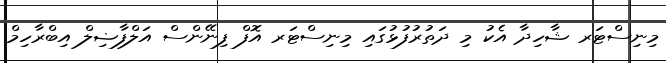
މިނިސްޓަރ ޝާހިދާ އެކު މި ދަތުރުފުޅުގައި މިނިސްޓަރ އޮފް ފިނޭންސް އަލްފާޟިލް އިބްރާހިމް